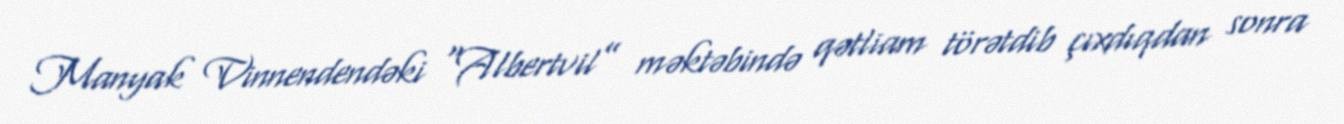
Manyak Vinnendendəki “Albertvil” məktəbində qətliam törətdib çıxdıqdan sonra